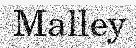
Malley